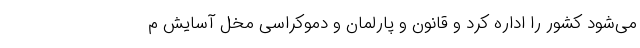
می‌شود کشور را اداره کرد و قانون و پارلمان و دموکراسی مخل آسایش م